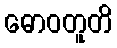
ဓောဝတူတိ